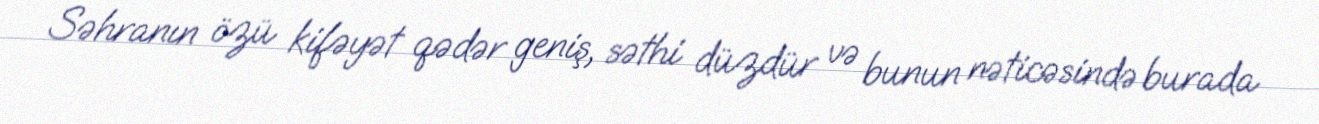
Səhranın özü kifəyət qədər geniş, səthi düzdür və bunun nəticəsində burada